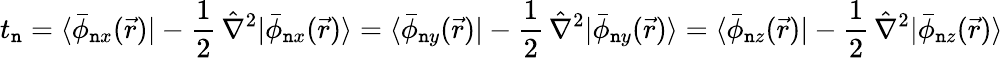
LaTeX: t_{\mathtt{n}}=\langle\bar{{\phi}}_{\mathtt{n}x}(\vec{{r}})|-\frac{{1}}{{2}}\, \hat{{\nabla}}^{2}|\bar{{\phi}}_{\mathtt{n}x}(\vec{{r}})\rangle=\langle\bar{{\phi}}_{\mathtt{n}y}(\vec{{r}})|-\frac{{1}}{{2}}\, \hat{{\nabla}}^{2}|\bar{{\phi}}_{\mathtt{n}y}(\vec{{r}})\rangle=\langle\bar{{\phi}}_{\mathtt{n}z}(\vec{{r}})|-\frac{{1}}{{2}}\, \hat{{\nabla}}^{2}|\bar{{\phi}}_{\mathtt{n}z}(\vec{{r}})\rangle